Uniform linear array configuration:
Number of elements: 4
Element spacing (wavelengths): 0.25
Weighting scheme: uniform
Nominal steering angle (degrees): -30
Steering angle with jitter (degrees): -31.613
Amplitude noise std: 0.05
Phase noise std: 0.05

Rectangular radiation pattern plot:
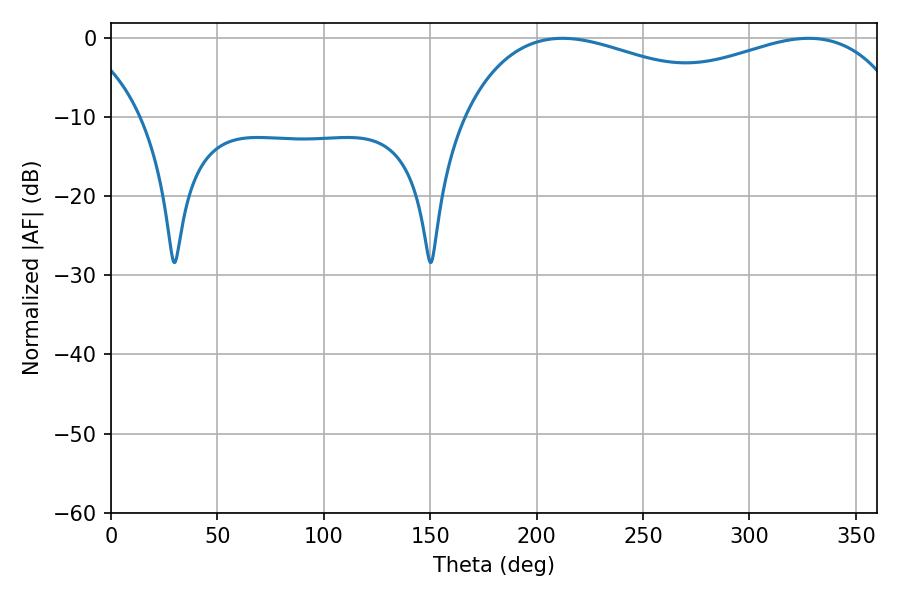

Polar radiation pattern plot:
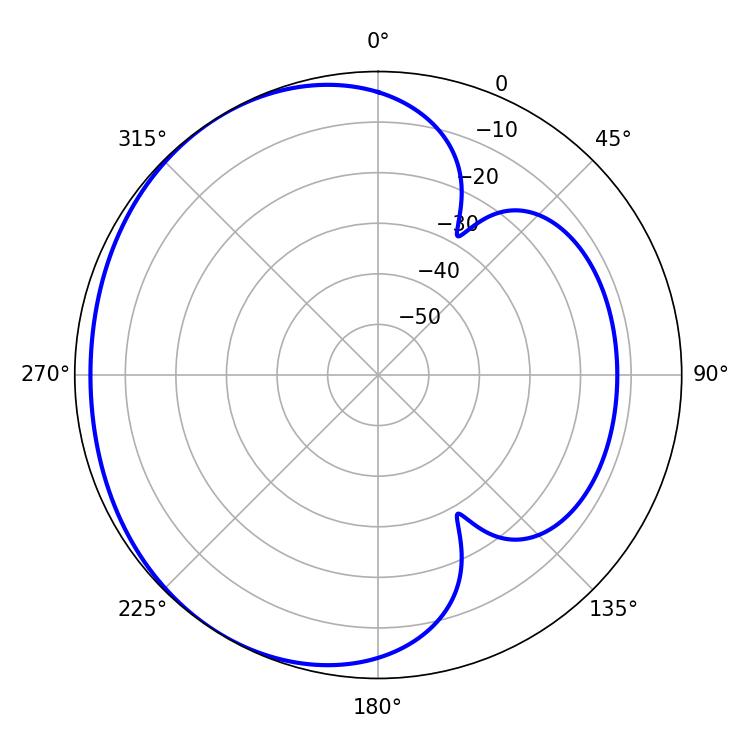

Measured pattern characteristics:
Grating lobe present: FALSE
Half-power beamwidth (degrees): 79.38
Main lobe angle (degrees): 212.22